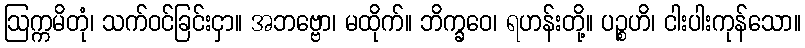
ဩက္ကမိတုံ၊ သက်ဝင်ခြင်းငှာ။ အဘဗ္ဗော၊ မထိုက်။ ဘိက္ခဝေ၊ ရဟန်းတို့။ ပဉ္စဟိ၊ ငါးပါးကုန်သော။